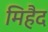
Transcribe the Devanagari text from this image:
मिहैद